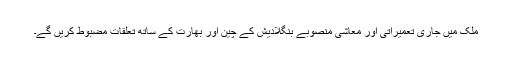
ملک میں جاری تعمیراتی اور معاشی منصوبے بنگلادیش کے چین اور بھارت کے ساتھ تعلقات مضبوط کریں گے۔